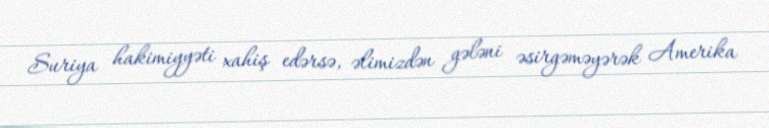
Suriya hakimiyyəti xahiş edərsə, əlimizdən gələni əsirgəməyərək Amerika